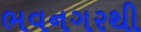
ભવનગરથી